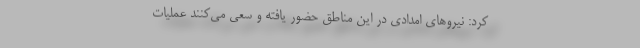
کرد: نیروهای امدادی در این مناطق حضور یافته و سعی می‌کنند عملیات